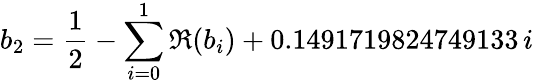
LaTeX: b_{2}=\frac{1}{2}-\sum_{i=0}^{1}\Re(b_{i})+0.1491719824749133\, i